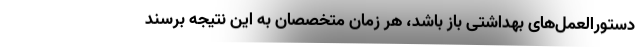
دستورالعمل‌های بهداشتی باز باشد، هر زمان متخصصان به این نتیجه برسند